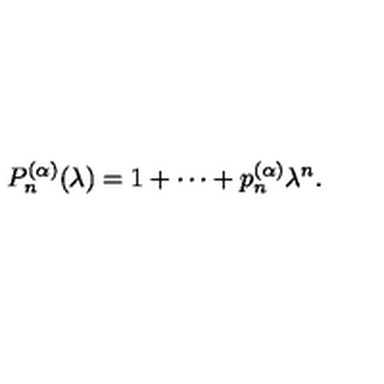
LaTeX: P _ { n } ^ { ( \alpha ) } ( \lambda ) = 1 + \cdots + p _ { n } ^ { ( \alpha ) } \lambda ^ { n } .